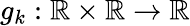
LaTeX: g_{k}:\mathbb{R}\times\mathbb{R}\to\mathbb{R}